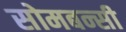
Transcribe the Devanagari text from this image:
सोमबन्सी